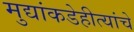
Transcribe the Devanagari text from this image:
मुद्यांकडेहीत्यांचे